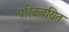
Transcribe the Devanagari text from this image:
परिवलयित